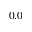
0 . 0